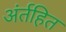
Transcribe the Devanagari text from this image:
अंर्तहित